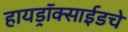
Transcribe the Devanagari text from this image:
हायड्राॅक्साईडचे